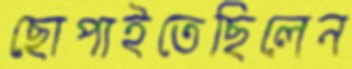
ছোপাইতেছিলেন